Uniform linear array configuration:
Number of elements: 12
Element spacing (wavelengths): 1
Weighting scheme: hann
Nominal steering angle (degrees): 0
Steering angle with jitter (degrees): -1.557
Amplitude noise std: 0.05
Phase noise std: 0.05

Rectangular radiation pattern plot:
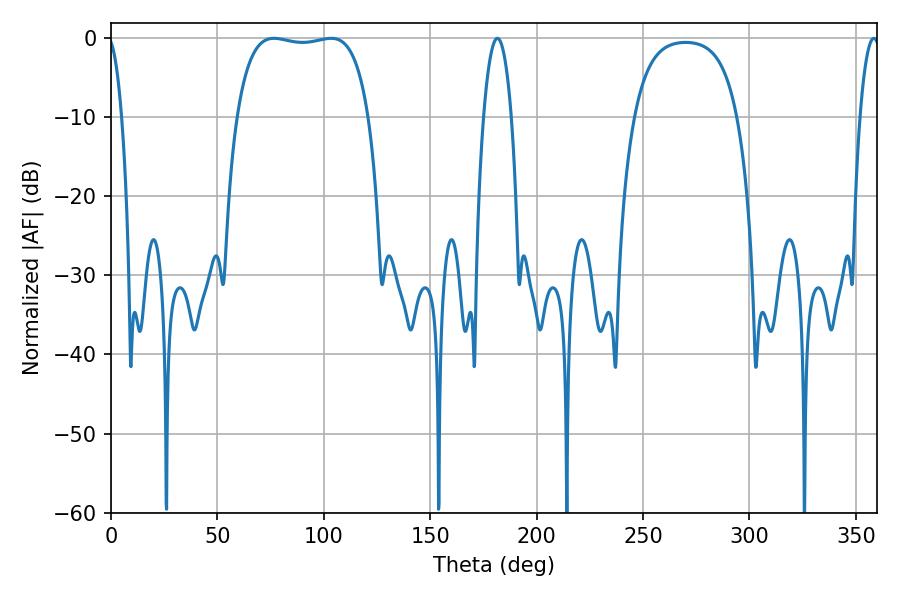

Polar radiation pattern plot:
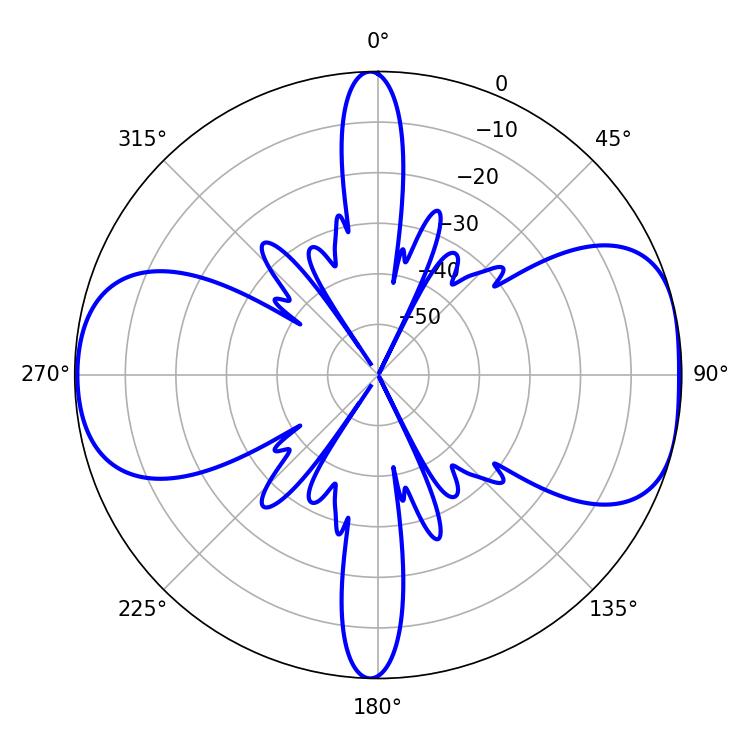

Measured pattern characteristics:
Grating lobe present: TRUE
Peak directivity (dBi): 8.279
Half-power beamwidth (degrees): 49.32
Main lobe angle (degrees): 76.5